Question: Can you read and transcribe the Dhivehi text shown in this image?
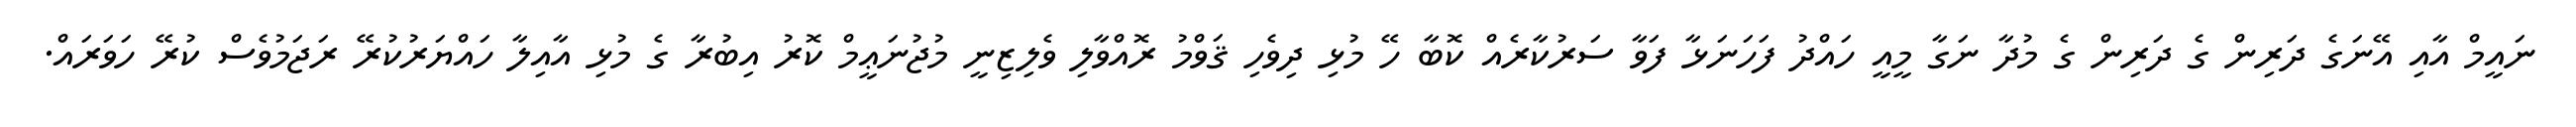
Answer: ނައީމް އާއި އޭނަގެ ދަރިން ގެ ދަރިން ގެ މުދާ ނަގާ މީއީ ހައްދު ފަހަނަޅާ ފަވާ ސަރުކާރެއް ކޮބާ ހޭ މުޅި ދިވެހި ޤަވްމު ރޮއްވާލި ވެލިޒިނީ މުޖުނަޢީމް ކޮރު އިބުރާ ގެ މުޅި އާއިލާ ހައްޔަރުކުރޭ ރަޖަމުވެސް ކުރޭ ހަވަރައް.